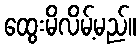
ထွေးမိလိမ့်မည်။